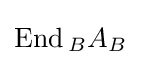
{\mbox{End}}\,{}_{B}A_{B}